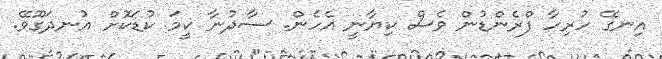
އިނގޭ ހުރިހާ ފްރެންޑުން ވެސް ކިޔާނީ އެހެން. ސާދުނާ ކީމަ ކުޑަކޮށް އުނދަގޫވޭ.